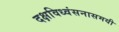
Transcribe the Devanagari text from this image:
दक्षविध्वंसनासमयी